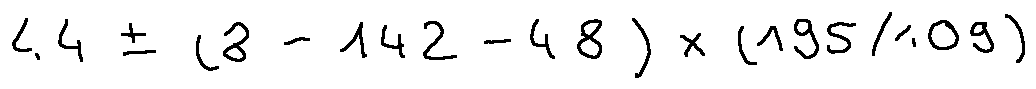
4 4 \pm ( 8 - 1 4 2 - 4 8 ) \times ( 1 9 5 / 1 0 9 )